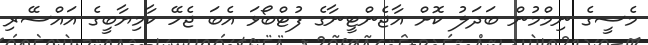
މެސީގެ ނިމްމުން ބަދަލު ކޮށް އާޖެންޓީނާގެ ފުޓްބޯޅަ އެބަ ޖެހޭ ކާމިޔާބީގެ އައްސޭރި